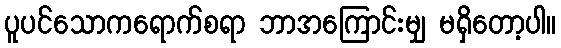
ပူပင်သောကရောက်စရာ ဘာအကြောင်းမျှ မရှိတော့ပါ။